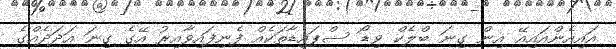
އައިއެންއައިއޭ އިން ގިނަ ބްލެކް ވިޑޯ ސްޕައިޑާތަކެއް ފެނިފައިވާއިރު އޭގެ ގިނަ އަދަދެއްގެ